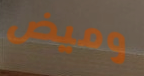
وميض